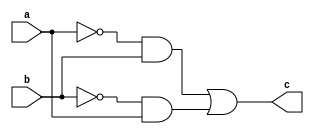
module xor1 (a,b,c);
input a,b;
output c;
wire e,f,g,h;
not n1 (e,a);
not n2 (f,b);
and a1 (g,e,b);
and a2 (h,f,a);
or o1 (c,g,h);
endmodule

module bcd_to_gray(a,b,c,d,w,x,y,z);
input a,b,c,d;
output w,x,y,z;
	or(w,a,0);
	xor(x,a,b);
	xor(y,b,c);
	xor(z,c,d);
endmodule

module tb_bcd_to_gray;
reg a,b,c,d;
wire w,x,y,z;
bcd_to_gray btg(a,b,c,d,w,x,y,z);
initial
begin
	$monitor(,$time," a=%b, b=%b, c=%b d=%b w=%b x=%b y=%b z=%b",a,b,c,d,w,x,y,z);
	#0 a=1'b0;b=1'b0; c=1'b0; d=1'b0;
	#1 a=1'b0;b=1'b0; c=1'b0; d=1'b1;
	#2 a=1'b0;b=1'b0; c=1'b1; d=1'b0;
	#3 a=1'b0;b=1'b0; c=1'b1; d=1'b1;
	#4 a=1'b0;b=1'b1; c=1'b0; d=1'b0;
	#5 a=1'b0;b=1'b1; c=1'b0; d=1'b1;
	#6 a=1'b0;b=1'b1; c=1'b1; d=1'b0;
	#7 a=1'b0;b=1'b1; c=1'b1; d=1'b1;
	#8 a=1'b1;b=1'b0; c=1'b0; d=1'b0;
	#9 a=1'b1;b=1'b0; c=1'b0; d=1'b1;
	#10 $finish;
end
endmodule